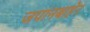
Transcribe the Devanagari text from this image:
जपानबाहेर